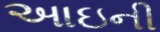
આઇની